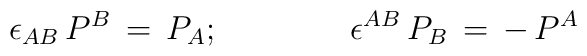
\epsilon _{AB}\, P^B \,=\,P_A ; \qquad  \qquad  \epsilon^{AB}\, P_B \,=\,-\,P^A